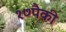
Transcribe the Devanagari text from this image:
१७पैकी